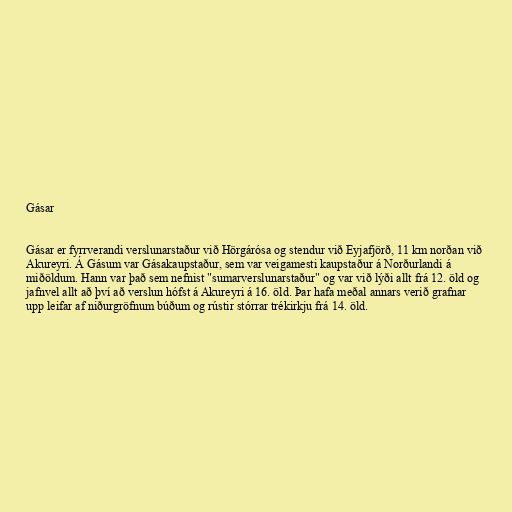
Gásar

Gásar er fyrrverandi verslunarstaður við Hörgárósa og stendur við Eyjafjörð, 11 km norðan við
Akureyri. Á Gásum var Gásakaupstaður, sem var veigamesti kaupstaður á Norðurlandi á
miðöldum. Hann var það sem nefnist "sumarverslunarstaður" og var við lýði allt frá 12. öld og
jafnvel allt að því að verslun hófst á Akureyri á 16. öld. Þar hafa meðal annars verið grafnar
upp leifar af niðurgröfnum búðum og rústir stórrar trékirkju frá 14. öld.